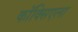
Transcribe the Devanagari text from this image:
कॉक्सिएला